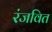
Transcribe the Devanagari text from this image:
रंजवित